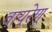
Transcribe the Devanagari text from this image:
वायूरेणू